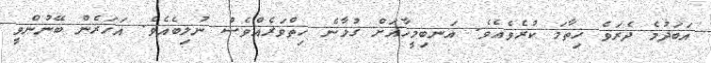
އަބަދުމެ ދެރަވެ ހިތާމަ ކުރެވެއެވެ. އަނބިމީހާއަށް ގުޅާނެ ހިތްވަރެއްވެސް ނުލިބެއެވެ. އަހަރެން ބޭނުންވީ